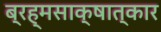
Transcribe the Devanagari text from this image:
ब्रह्मसाक्षात्कार